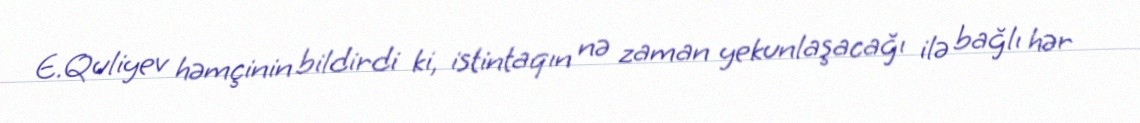
E.Quliyev həmçinin bildirdi ki, istintaqın nə zaman yekunlaşacağı ilə bağlı hər